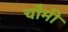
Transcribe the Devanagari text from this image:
चौमी